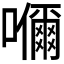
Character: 𭌞